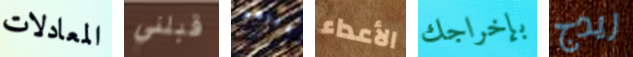
المعادلات قبلني تخبرهم الأعداء بإخراجك ريدج